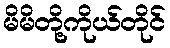
မိမိတို့ကိုယ်တိုင်